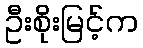
ဦးစိုးမြင့်က